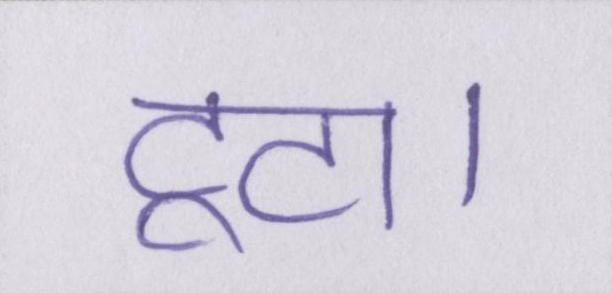
टूटा।